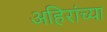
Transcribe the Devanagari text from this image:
अहिरांच्या